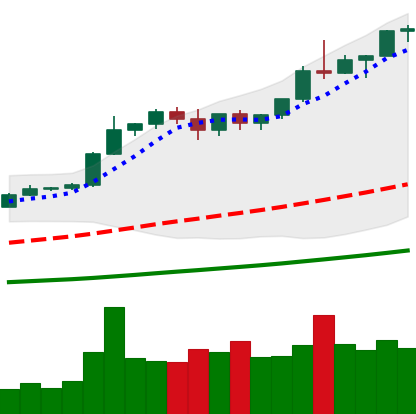
Ticker: BTC-USD
Chart end date: 2020-12-31
Forward return: 17.208%
Label: up_7plus